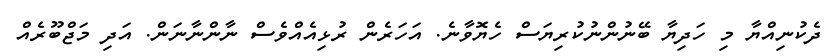
ދެކުނިއްޔާ މި ހަދިޔާ ބޭނުންނުކުރިޔަސް ހެޔޮވާނެ. އަހަރެން ރުޅިއެއްވެސް ނާންނާނަން. އަދި މަޖްބޫރެއް